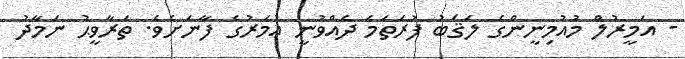
- އަމީރުލް މުއުމިނީންގެ ލަޤަބު ފުރަތަމަ ދެއްވުނީ ޢުމަރުގެ ފާނަށެވެ. ތަރާވީޙު ނަމާދު